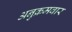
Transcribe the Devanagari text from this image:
अनुक्रमवार